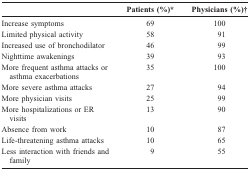
|  | Patients (%)* | Physicians (%)† |
 | --- | --- | --- |
 | Increase symptoms | 69 | 100 |
 | Limited physical activity | 58 | 91 |
 | Increased use of bronchodilator | 46 | 99 |
 | Nighttime awakenings | 39 | 93 |
 | More frequent asthma attacks or asthma exacerbations | 35 | 100 |
 | More severe asthma attacks | 27 | 94 |
 | More physician visits | 25 | 99 |
 | More hospitalizations or ER visits | 13 | 90 |
 | Absence from work | 10 | 87 |
 | Life-threatening asthma attacks | 10 | 65 |
 | Less interaction with friends and family | 9 | 55 |